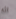
اله